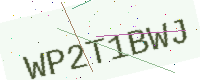
Text: WP2T1BWJ